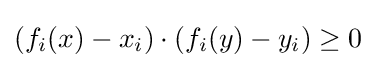
(f_{i}(x)-x_{i})\cdot (f_{i}(y)-y_{i})\geq 0